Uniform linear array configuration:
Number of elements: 16
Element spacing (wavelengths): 0.25
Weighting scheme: binomial
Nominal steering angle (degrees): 45
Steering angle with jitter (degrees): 45.092
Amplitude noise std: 0.05
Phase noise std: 0.05

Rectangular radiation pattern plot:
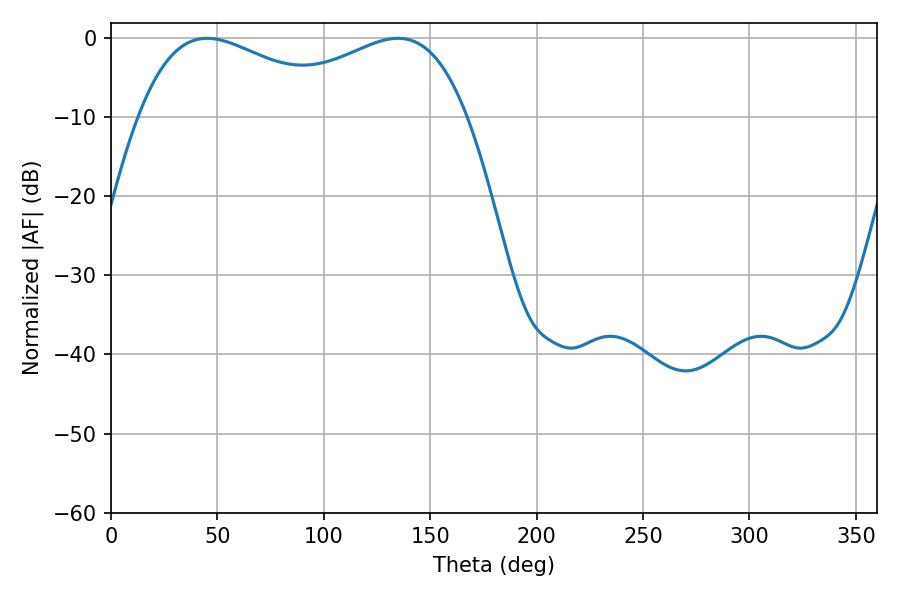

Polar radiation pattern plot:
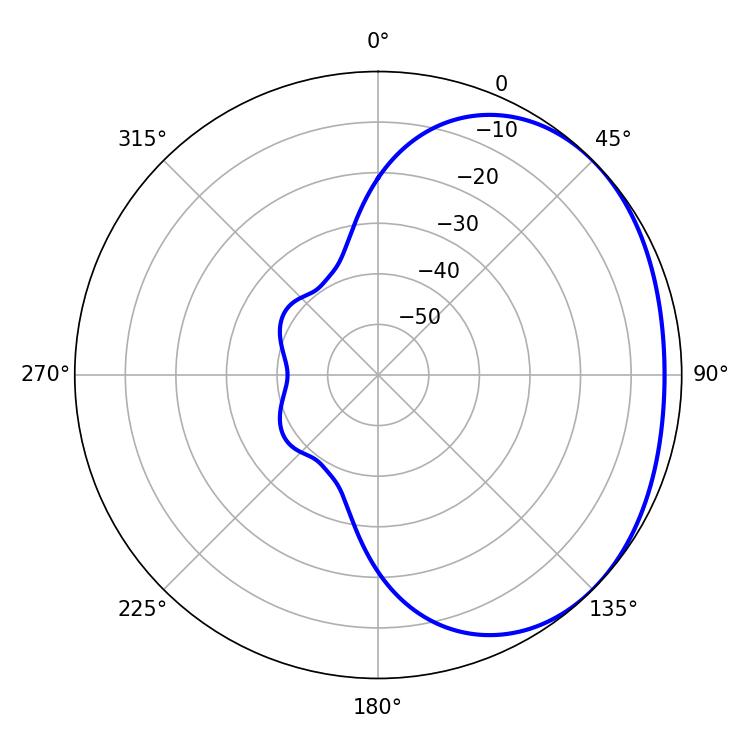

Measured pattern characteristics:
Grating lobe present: FALSE
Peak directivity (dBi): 1.805
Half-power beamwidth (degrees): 53.46
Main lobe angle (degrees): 45.18